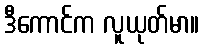
ဒီကောင်က လူယုတ်မာ။